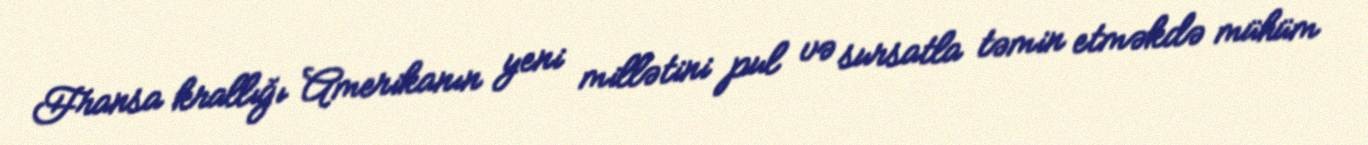
Fransa krallığı Amerikanın yeni millətini pul və sursatla təmin etməkdə mühüm